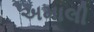
અમાલી